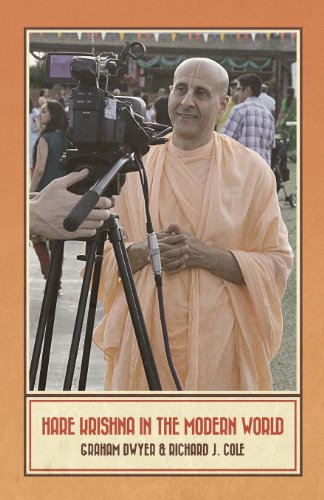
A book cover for Hare Krishna in the Modern World; Religion & Spirituality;